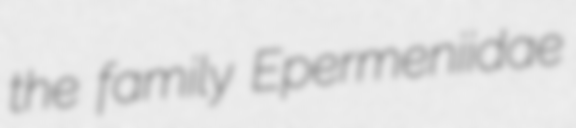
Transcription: the family Epermeniidae